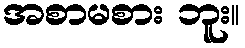
အစာမစား ဘူး။